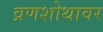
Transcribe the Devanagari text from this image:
व्रणशोथावर